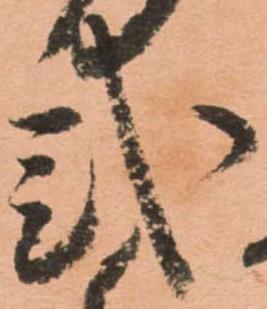
弐